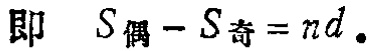
即 \(S_{偶}-S_{奇}=nd\)。